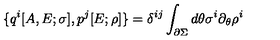
\{ q ^ { i } [ A , E ; \sigma ] , p ^ { j } [ E ; \rho ] \} = \delta ^ { i j } \int _ { \partial \Sigma } d \theta \sigma ^ { i } \partial _ { \theta } \rho ^ { i }